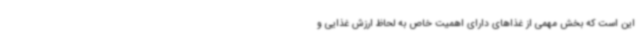
این است که بخش مهمی از غذاهای دارای اهمیت خاص به لحاظ ارزش غذایی و